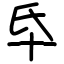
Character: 氒